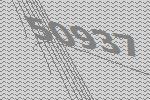
50937